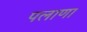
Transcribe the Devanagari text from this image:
पलाणा